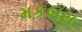
મકબરા